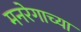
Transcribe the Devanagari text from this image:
मनरेगाच्या